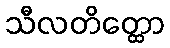
သီလတိတ္ထော